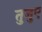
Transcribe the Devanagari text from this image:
तुजुए